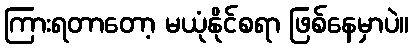
ကြားရတာတော့ မယုံနိုင်စရာ ဖြစ်နေမှာပဲ။